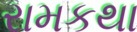
રામકથા